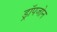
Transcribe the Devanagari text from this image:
ड्रॉपजोन